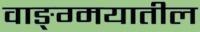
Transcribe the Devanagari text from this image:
वाङ्ग्मयातील